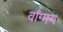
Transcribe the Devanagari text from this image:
वाँग्मय